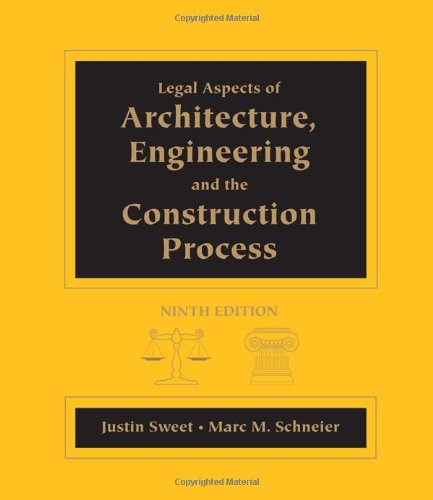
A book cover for Legal Aspects of Architecture, Engineering and the Construction Process; Justin Sweet; Law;